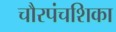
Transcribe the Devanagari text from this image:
चौरपंचशिका